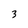
Character: 3